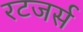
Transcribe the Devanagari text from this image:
रटजर्स